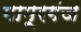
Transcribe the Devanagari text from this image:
मामूरगंज